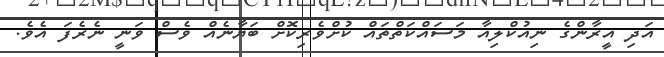
އަދި އީރާންގެ ނިއުކްލިއާ މަސައްކަތްތައް ކުށްވެރިކޮށް ބަޔާނެއް ވެސް ވަނީ ނެރެފަ އެވެ.